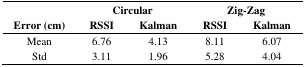
<table><thead><tr><td rowspan="3"><b>Error (cm)</b></td><td colspan="2"><b>Circular</b></td><td colspan="2"><b>Zig-Zag</b></td></tr><tr><td><b>RSSI</b></td><td><b>Kalman</b></td><td><b>RSSI</b></td><td><b>Kalman</b></td></tr></thead><tbody><tr><td>Mean</td><td>6.76</td><td>4.13</td><td>8.11</td><td>6.07</td></tr><tr><td>Std</td><td>3.11</td><td>1.96</td><td>5.28</td><td>4.04</td></tr></tbody></table>